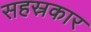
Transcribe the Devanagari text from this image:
सहस्रकार